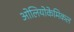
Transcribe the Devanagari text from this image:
ओलियोकेमिकल